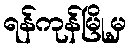
ရန်ကုန်မြို့မှ